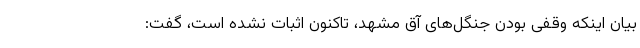
بیان اینکه وقفی بودن جنگل‌های آق مشهد، تاکنون اثبات نشده است، گفت: